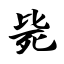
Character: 毙